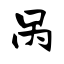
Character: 呙